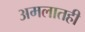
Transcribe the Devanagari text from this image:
अमलातही